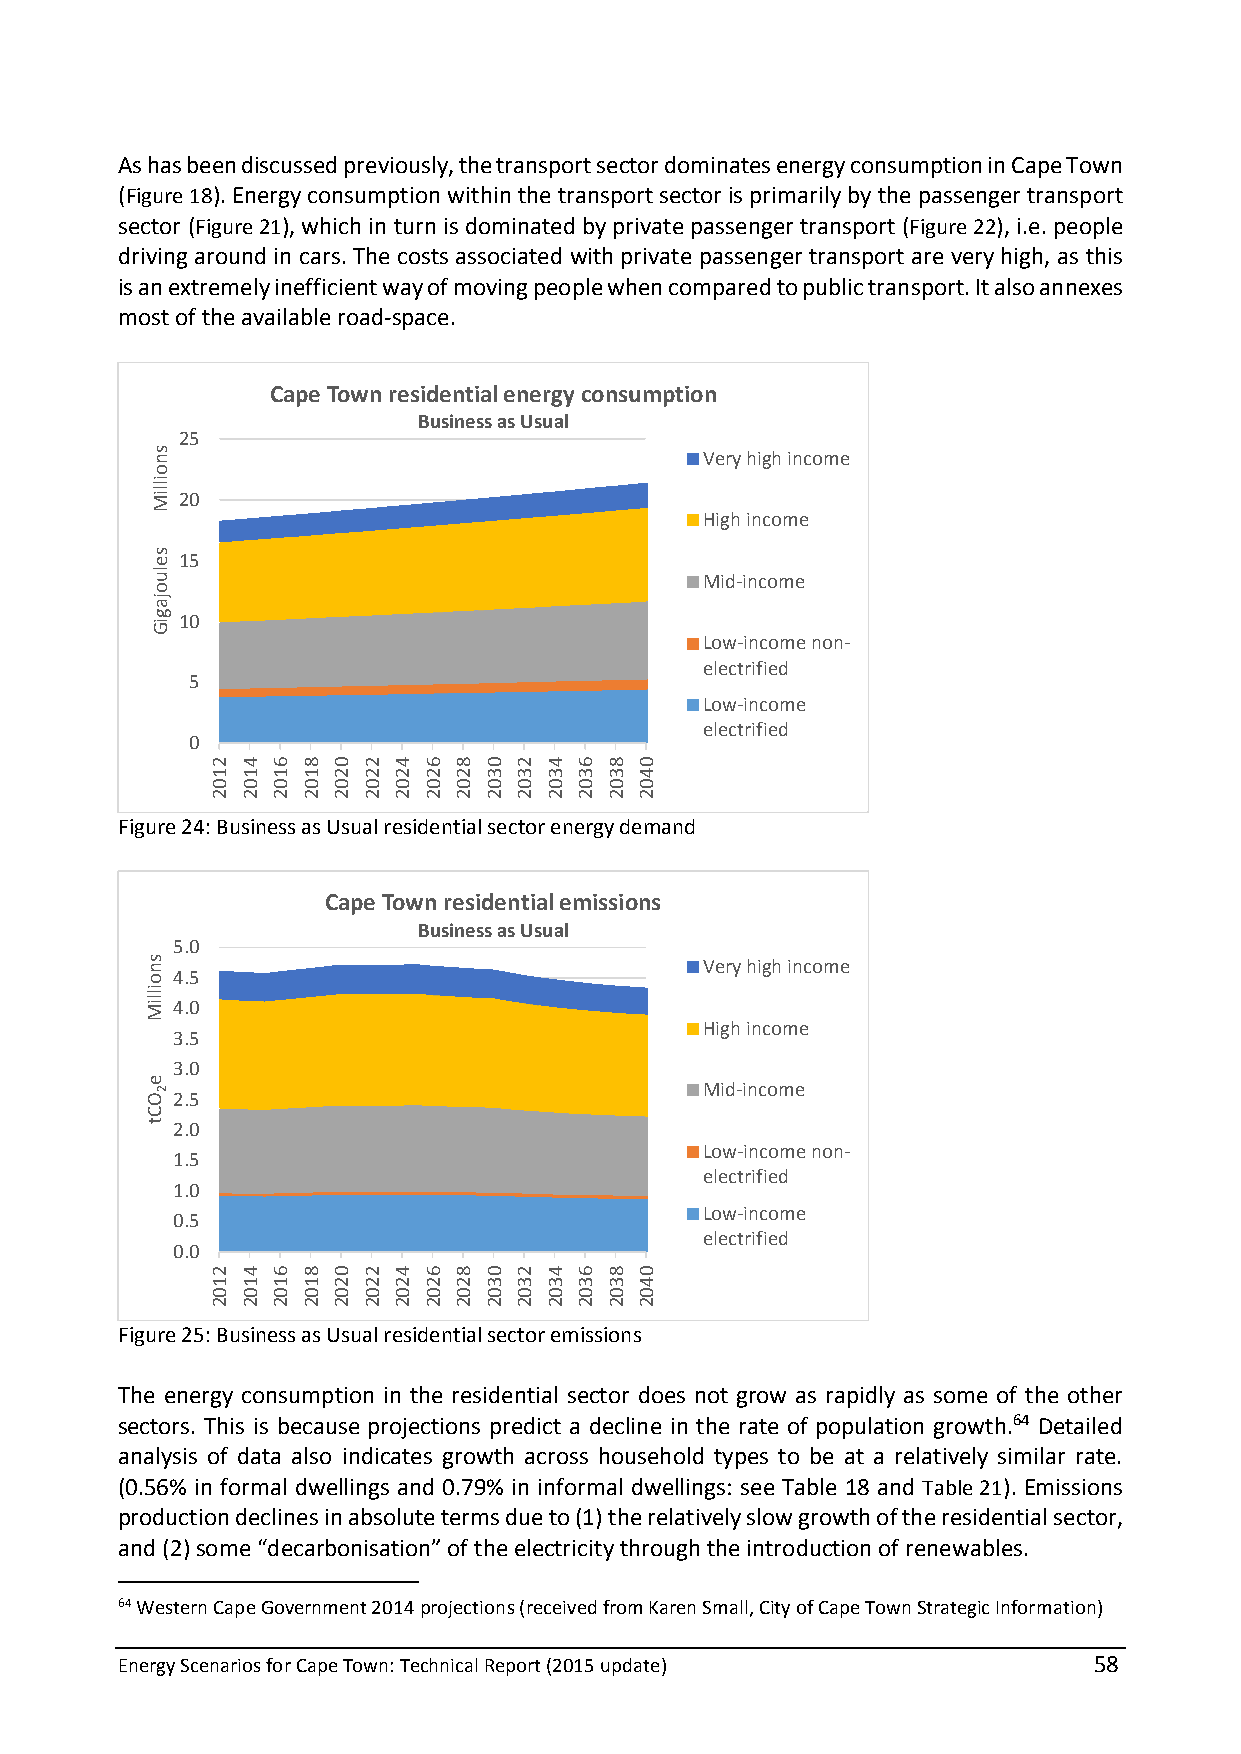
As has been discussed previously, the transport sector dominates energy consumption in Cape Town
 (Figure 18). Energy consumption within the transport sector is primarily by the passenger transport
 sector (Figure 21), which in turn is dominated by private passenger transport (Figure 22), i.e. people
 driving around in cars. The costs associated with private passenger transport are very high, as this
 is an extremely inefficient way of moving people when compared to public transport. It also annexes
 most of the available road-space.
 Cape Town residential energy consumption
 Business as Usual
 25
 Very high income
 20
 High income
 15
 Mid-income
 10
 Low-income non-
 electrified
 5
 Low-income
 electrified
 0
 Figure 24: Business as Usual residential sector energy demand
 Cape Town residential emissions
 Business as Usual
 5.0
 Very high income
 4.5
 4.0
 High income
 3.5
 3.0
 Mid-income 2.5
 2.0
 Low-income non-
 1.5
 electrified
 1.0
 Low-income
 0.5
 electrified
 0.0
 Figure 25: Business as Usual residential sector emissions
 The energy consumption in the residential sector does not grow as rapidly as some of the other
 sectors. This is because projections predict a decline in the rate of population growth.64 Detailed
 analysis of data also indicates growth across household types to be at a relatively similar rate.
 (0.56% in formal dwellings and 0.79% in informal dwellings: see Table 18 and Table 21). Emissions
 production declines in absolute terms due to (1) the relatively slow growth of the residential sector,
 and (2) some “decarbonisation” of the electricity through the introduction of renewables.
 64 Western Cape Government 2014 projections (received from Karen Small, City of Cape Town Strategic Information)
 Energy Scenarios for Cape Town: Technical Report (2015 update)  58
 snoilliM
 seluojagiG
 snoilliM
 e 2OCt
 2102
 2102
 4102
 4102
 6102
 6102
 8102
 8102
 0202
 0202
 2202
 2202
 4202
 4202
 6202
 6202
 8202
 8202
 0302
 0302
 2302
 2302
 4302
 4302
 6302
 6302
 8302
 8302
 0402
 0402